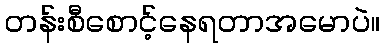
တန်းစီစောင့်နေရတာအမောပဲ။